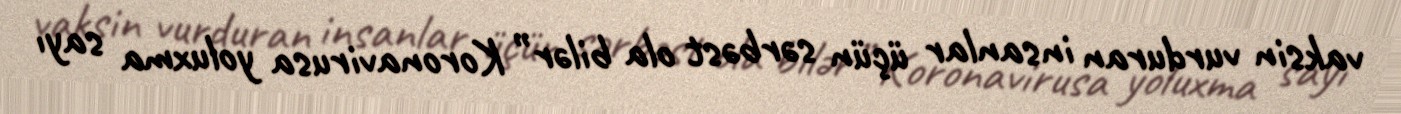
vaksin vurduran insanlar üçün sərbəst ola bilər” Koronavirusa yoluxma sayı